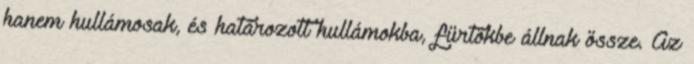
hanem hullámosak, és határozott hullámokba, fürtökbe állnak össze. Az